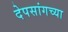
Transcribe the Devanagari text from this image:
देपसांगच्या